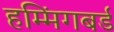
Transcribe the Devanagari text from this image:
हम्मिंगबर्ड